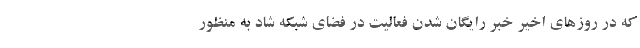
که در روزهای اخیر خبر رایگان شدن فعالیت در فضای شبکه شاد به منظور